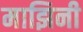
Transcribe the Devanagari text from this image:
माझिनी